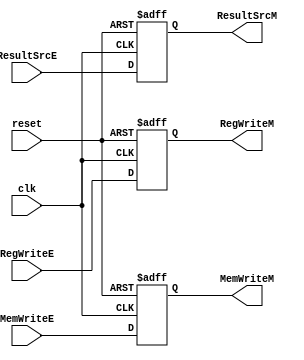
/*
	Name: Control Unit Pipeline Register between Instruction Execution and Memory Access Stage
*/

module c_IEx_IM (clk, reset, RegWriteE, MemWriteE, ResultSrcE, RegWriteM,  MemWriteM, ResultSrcM);

input clk, reset,RegWriteE, MemWriteE;
input  [1:0] ResultSrcE;
output  reg RegWriteM, MemWriteM;
output reg [1:0] ResultSrcM;

    always @( posedge clk, posedge reset ) begin
        if (reset) begin
            RegWriteM <= 0;
            MemWriteM <= 0;
            ResultSrcM <= 0;
        end
        else begin
            RegWriteM <= RegWriteE;
            MemWriteM <= MemWriteE;
            ResultSrcM <= ResultSrcE; 
        end
        
    end

endmodule